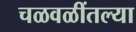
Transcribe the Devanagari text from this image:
चळवळींतल्या